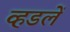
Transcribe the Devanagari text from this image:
व्हडलें